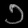
Digit: ၁